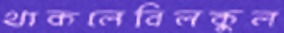
থাকলেবিলকুল